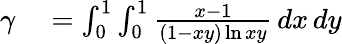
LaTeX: \begin{array}{rl}{\gamma}&{{}=\int_{0}^{1}\int_{0}^{1}{\frac{x-1}{(1-xy)\ln xy}}\, dx\, dy}\end{array}